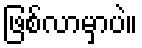
ဖြစ်လာမှာပဲ။